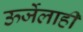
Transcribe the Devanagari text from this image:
ऊर्जेलाही